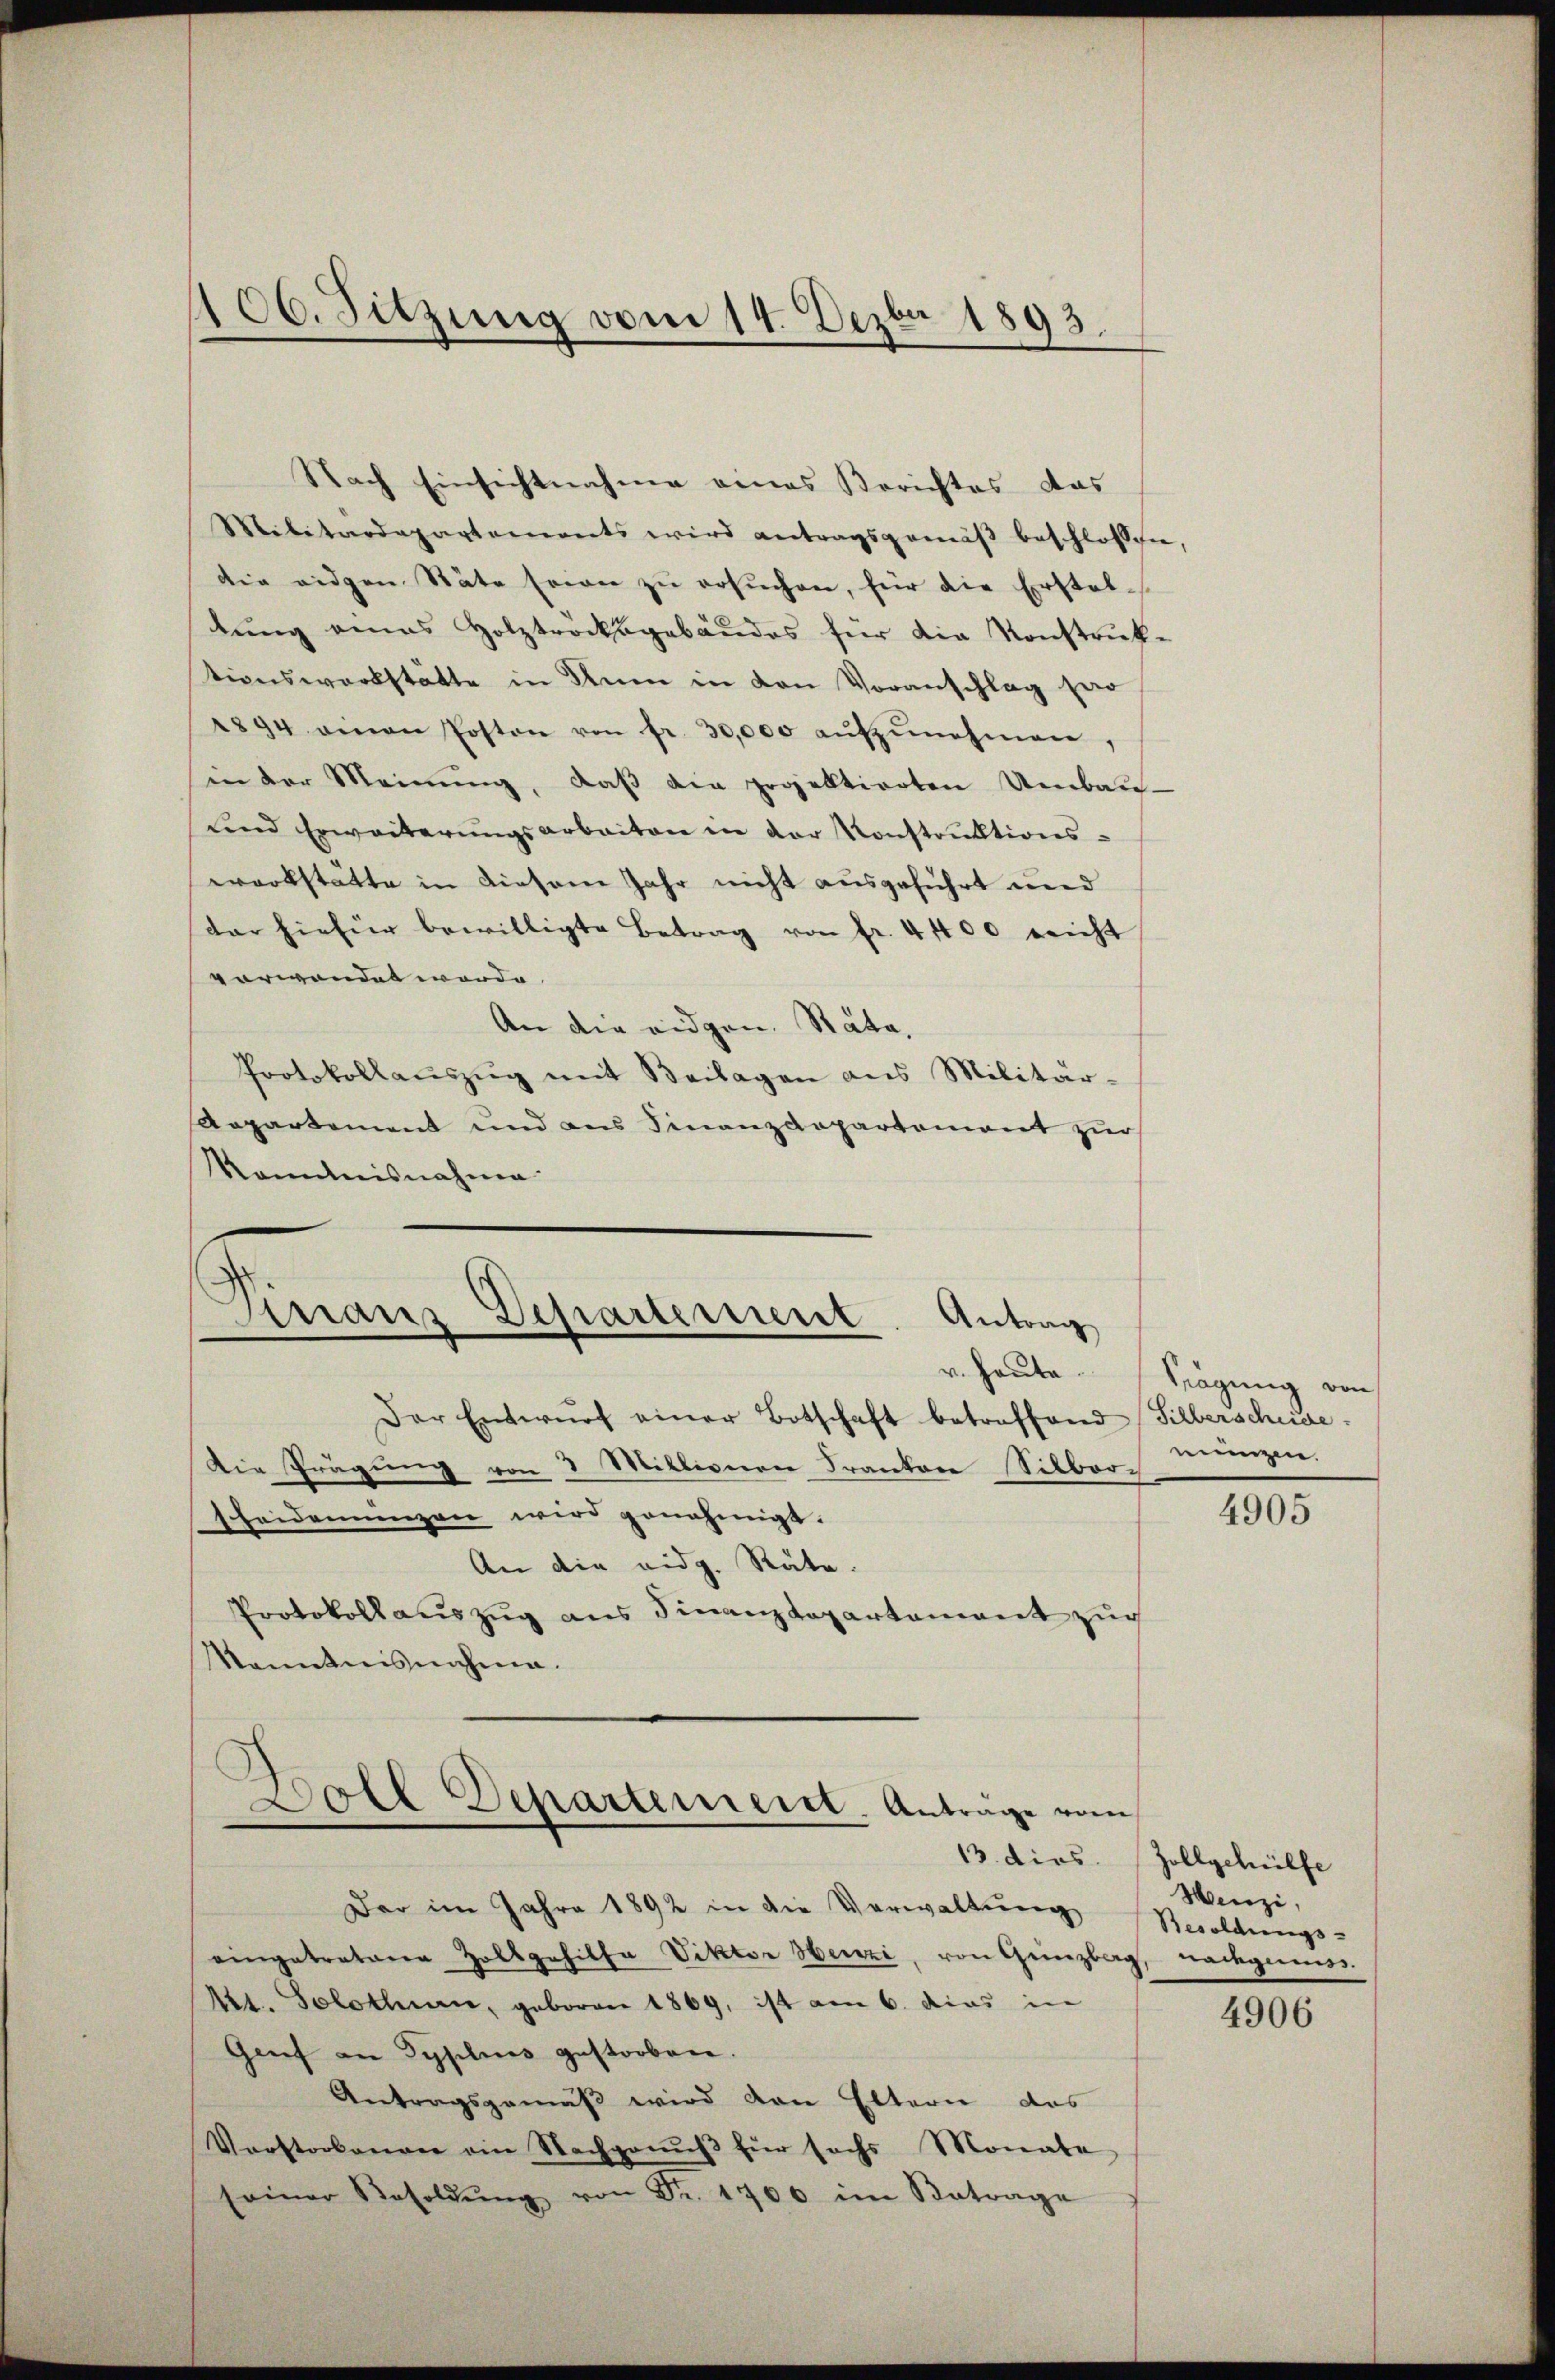
Nach Einsichtnahme eines Berichtes das
Militärdepartements wird antragsgemäβ beschlossen,
die eidgen Stäte sein zŭ ersŭchen, für die Erstel-
bŭng eines Holztröcksgebäŭdes für die Konstruk-
tionswerkstätte in Nun in den Voranschlag par
2894 einen Poston von fr. 30,000 aŭfzŭnehmen,
in der Meinŭng, daβ die projektierten Umbaŭ-
und Erweiterŭngsarbeiten in der Konstruktions-
warkstätte in diesene Jahr nicht ausgeführt und
dar hiefür bewilligte Betrag von fr. 4400 reicht
vorwandet worde
An die eidgen. Rata,
Protokollaŭszŭg mit Beilagen ans Militär-
Aepartement und aus Finanzdepartement zur
kanntnisnahme

406. Sitzung vom 14. Dezbr 1893.

Finanz Departement. Antrag

Der Entwŭrf einer Botschaft betroffend Silberscheide.
Die Prägung von 3 Millionen Frankere Silber-
scheidemünzen wird genehmigt.
An die eidg. Räte.
Protokollauszug aus Finanzdepartement zur
Manntnisnahme.

Boll Departement. Antrage vom
13. dies

Der im Jahre 1892 in die Verwaltung
eingetraturen Holzgehilte Viktor Henzi, von Grenztag, nachgemess
Mtt. Solothurn, geboren 1869, ist am 6. dies in
Genf an Typlis gestorben.
Antragsgemäß wird von Eltern das
Verstorbenger ein Nachponŭβ für sechs Monate
seiner Besoldŭng von Fr. 1706 im Betrage

v. Haute Sägung von
mungen.

4905

Zollgehülfe
Wenzi,
Besoldungs-

4906